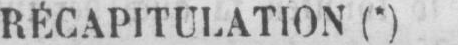
RÉCAPITULATION (*)